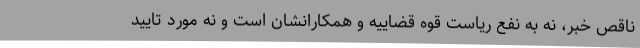
ناقص خبر، نه به نفع رياست قوه قضاييه و همكارانشان است و نه مورد تاييد